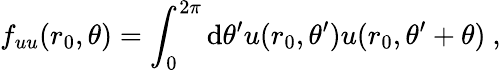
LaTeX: f_{uu}(r_{0},\theta)=\int_{0}^{2\pi}\mathrm{d}\theta^{\prime}u(r_{0},\theta^{\prime})u(r_{0},\theta^{\prime}+\theta)\ ,